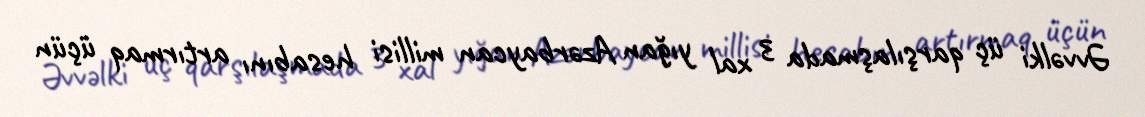
Əvvəlki üç qarşılaşmada 3 xal yığan Azərbaycan millisi hesabını artırmaq üçün